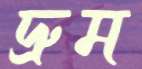
দ্রুম